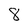
Character: 8